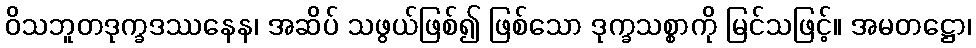
ဝိသဘူတဒုက္ခဒဿနေန၊ အဆိပ် သဖွယ်ဖြစ်၍ ဖြစ်သော ဒုက္ခသစ္စာကို မြင်သဖြင့်။ အမတဋ္ဌော၊